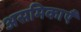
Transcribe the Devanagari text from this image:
असमिकाएँ